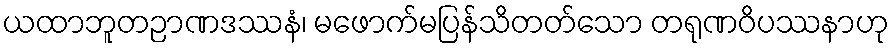
ယထာဘူတဉာဏဒဿနံ၊ မဖောက်မပြန်သိတတ်သော တရုဏဝိပဿနာဟု